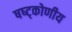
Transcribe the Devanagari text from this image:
षष्ट्कोणीय